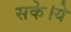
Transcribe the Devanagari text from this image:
सके।ये